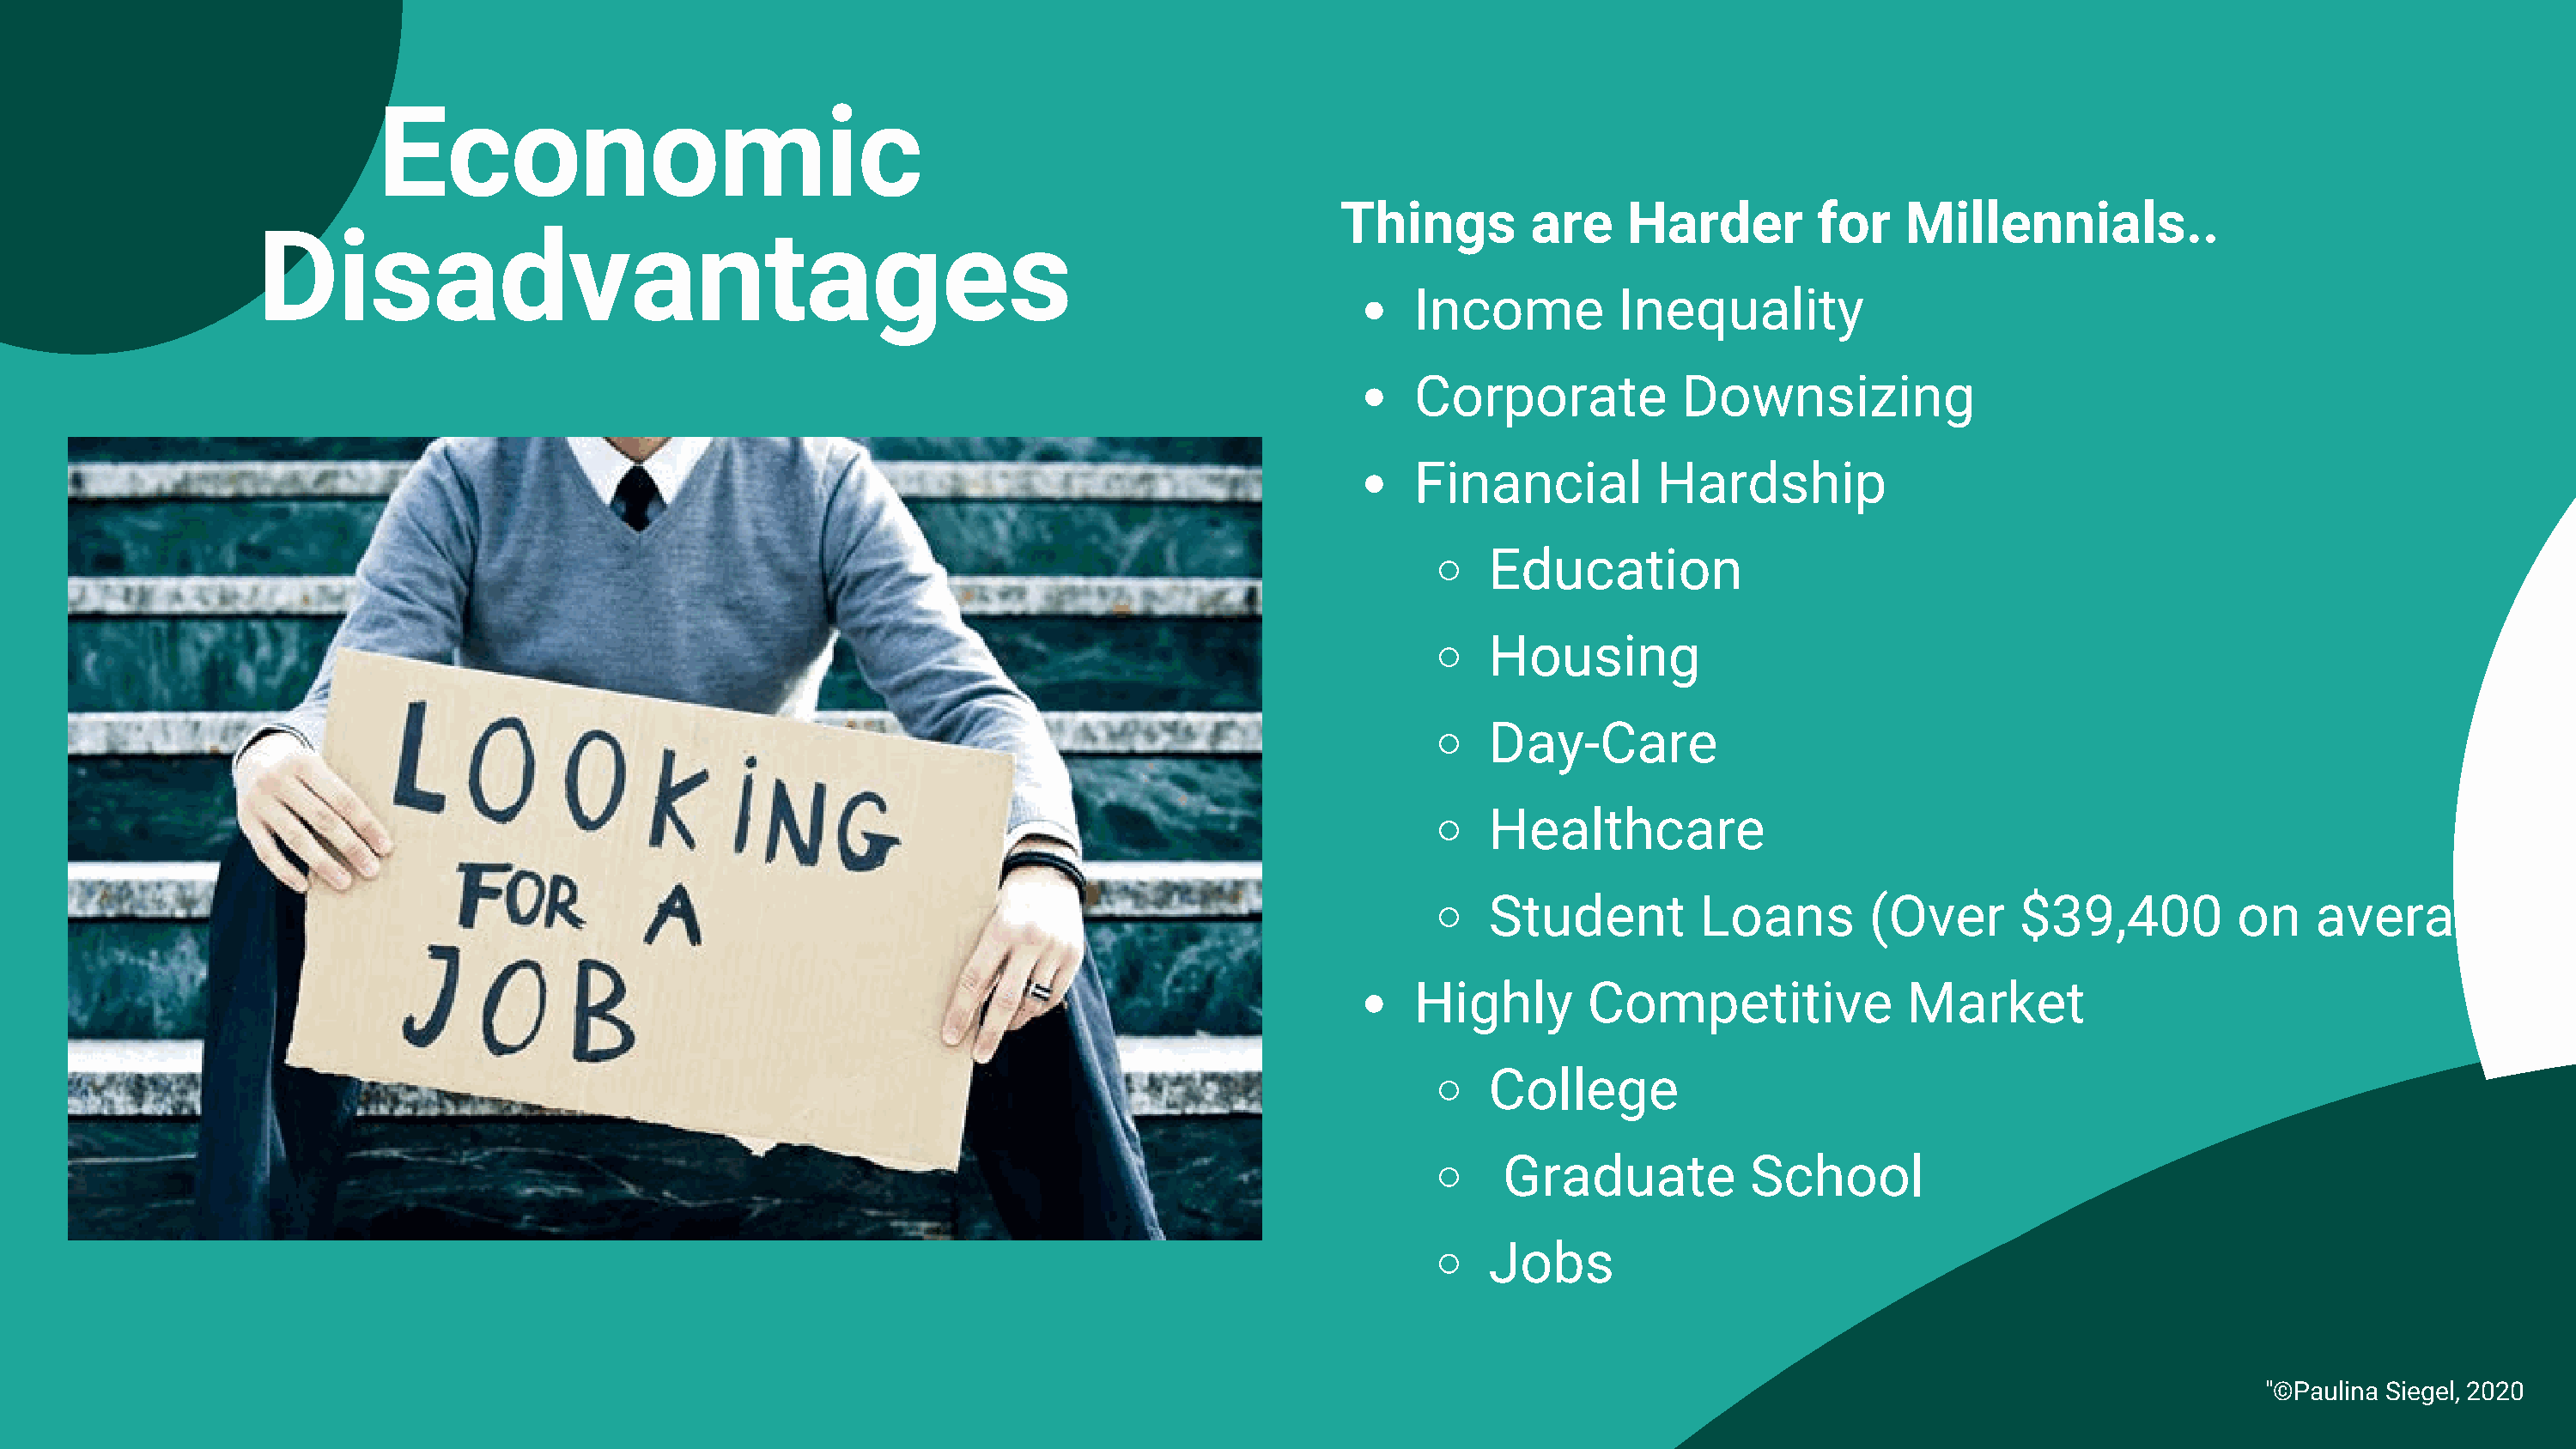
Economic
 Things         are    Harder         for    Millennials..
 Disadvantages
 Income          Inequality
 Corporate            Downsizing
 Financial          Hardship
 Education
 Housing
 Day-Care
 Healthcare
 Student         Loans        (Over       $39,400          on    average)
 Highly       Competitive              Market
 College
 Graduate           School
 Jobs
 "©Paulina Siegel, 2020
 © The Recovery Village® at Umatilla All Rights Reserved.